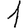
Digit: 1